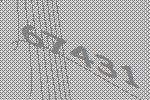
67431